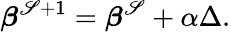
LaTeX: {\boldsymbol{\beta}}^{\mathscr{S}+1}={\boldsymbol{\beta}}^{\mathscr{S}}+\alpha\Delta.